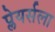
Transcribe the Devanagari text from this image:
प्लेयर्सला